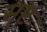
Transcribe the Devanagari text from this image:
सृष्टं